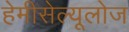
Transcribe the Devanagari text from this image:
हेमीसेल्यूलोज